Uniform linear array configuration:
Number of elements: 8
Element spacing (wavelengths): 1
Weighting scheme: cosine
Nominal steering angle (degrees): -30
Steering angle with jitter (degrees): -29.779
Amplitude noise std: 0.05
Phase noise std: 0.05

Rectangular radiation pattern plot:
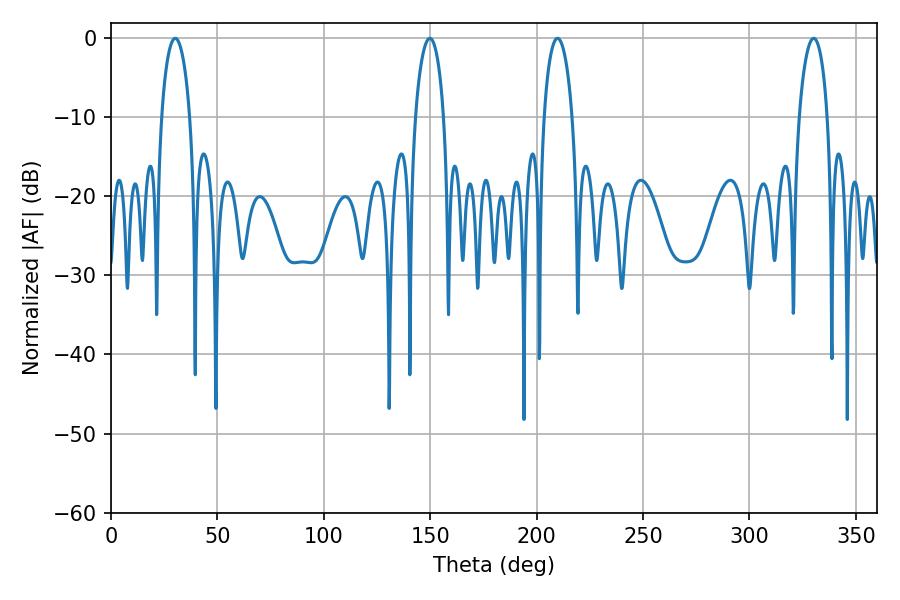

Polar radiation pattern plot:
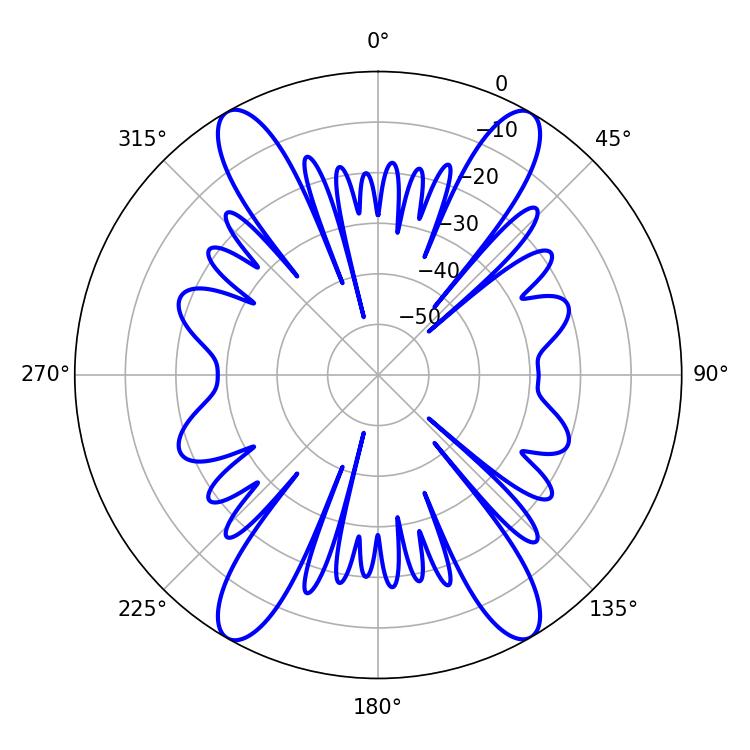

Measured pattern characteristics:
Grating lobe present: TRUE
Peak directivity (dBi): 35.486
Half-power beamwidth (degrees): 7.56
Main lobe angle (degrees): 30.24